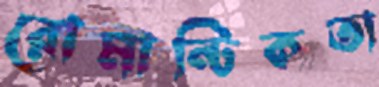
রোমান্টিকতা